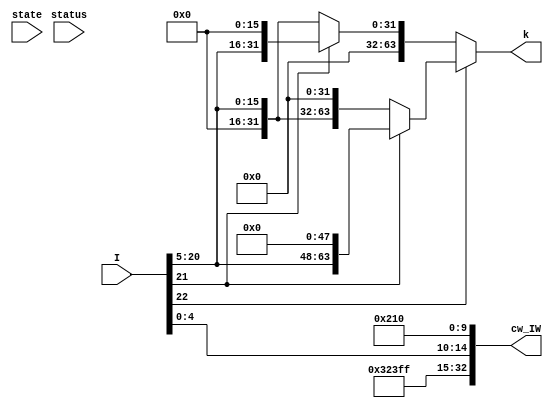
module IW_decoder_MOVZ (I, state, status, cw_IW, k);

    input [31:0] I;
    input [1:0] state;
    input [4:0] status;

    wire [8:0] op;
    wire [1:0] sh_16;
    wire [15:0] immediate;
    wire [4:0] Rd;

    assign {op, sh_16, immediate, Rd} = I;

    // Control Word includes:
    // [1] Databus ALU Enable
    // [1] ALU B Select
    // [5] ALU Function Select
    // [1] Databus Register File B Enable
    // [5] Register File Select A
    // [5] Register File Select B
    // [5] Register File Write Address
    // [1] Register File Write
    // [1] Databus RAM Enable
    // [1] RAM Write
    // [1] Databus Program Counter Enable
    // [2] Program Counter Function Select
    // [1] Program Counter Input Select
    // [1] Status Load
    // [2] next_state
    // 33 in total
    output [32:0] cw_IW;
    output [63:0] k;
    assign k =( sh_16[1] == 1'b1 ? ( sh_16[0] == 1'b1 ? ({immediate,48'b0}) : ({16'b0, immediate,32'b0}) ) : ( sh_16[0] == 1'b1 ? ({48'b0, immediate, 16'b0}) : ({48'b0, immediate}) ) );

    wire alu_en = 1'b1; // ALU is disabled
    wire alu_bs = 1'b1; // K is selected for input to ALU

    // ALU FS[4:2]
    //   000   001   010   011   100   101  110 111
    // { and   or    add   xor   left right  0   0 }
    // ALU FS[1] ~b
    // ALU FS[0] ~a
    wire [4:0] alu_fs = 5'b001_00; // ALU selects (A | B)

    wire rf_b_en = 1'b0; // B should not be enabled on data bus
    wire [4:0] rf_sa = 5'd31; // A outputs zero register
    wire [4:0] rf_sb = 5'b11111; // B register address don't care
    wire [4:0] rf_da = Rd;
    wire rf_w = 1'b1;
    wire ram_en = 1'b0; // disable ram
    wire ram_w = 1'b0; // don't write to ram
    wire pc_en = 1'b0; // disable pc data bus
    wire [1:0] pc_fs = 2'b01; // PC <= PC + 4
    wire pc_is = 1'b0; // pc in is don't care
    wire status_ld = 1'b0; // disable status load
    wire [1:0] next_state = 2'b0;

    assign cw_IW = {alu_en, alu_bs, alu_fs, rf_b_en, rf_sa, rf_sb, rf_da, rf_w, ram_en, ram_w, pc_en, pc_fs, pc_is, status_ld, next_state};

endmodule